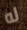
له